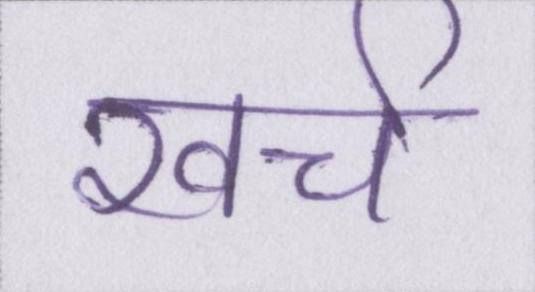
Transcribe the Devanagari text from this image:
खर्च